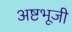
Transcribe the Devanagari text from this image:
अष्टभूजी